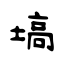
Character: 塙